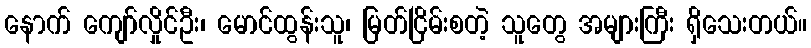
နောက် ကျော်လှိုင်ဦး၊ မောင်ထွန်းသူ၊ မြတ်ငြိမ်းစတဲ့ သူတွေ အများကြီး ရှိသေးတယ်။